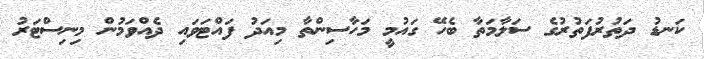
ކަނޑު ދަތުރުފަތުރުގެ ސަލާމަތާ ބެހޭ ގައުމީ މަހާސިންތާ މިއަދު ފައްޓަވައި ދެއްވަމުން މިނިސްޓަރު